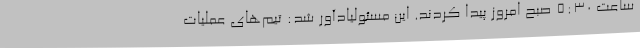
ساعت 5:30 صبح امروز پیدا کردند. این مسئولیادآور شد: تیم‌های عملیات